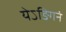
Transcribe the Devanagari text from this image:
येऽङिगनं